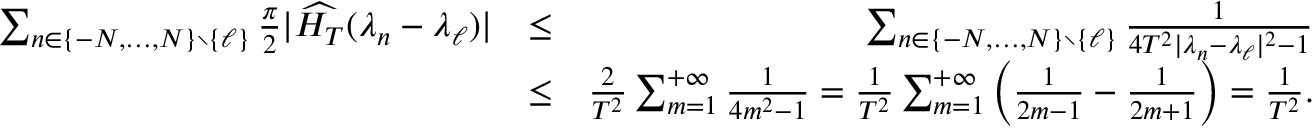
\begin{array} { r l r } { \sum _ { n \in \{ - N , \ldots , N \} \setminus \{ \ell \} } \frac { \pi } { 2 } | \widehat { H _ { T } } ( \lambda _ { n } - \lambda _ { \ell } ) | } & { \leq } & { \sum _ { n \in \{ - N , \ldots , N \} \setminus \{ \ell \} } \frac { 1 } { 4 T ^ { 2 } | \lambda _ { n } - \lambda _ { \ell } | ^ { 2 } - 1 } } \\ & { \leq } & { \frac { 2 } { T ^ { 2 } } \sum _ { m = 1 } ^ { + \infty } \frac { 1 } { 4 m ^ { 2 } - 1 } = \frac { 1 } { T ^ { 2 } } \sum _ { m = 1 } ^ { + \infty } \left( \frac { 1 } { 2 m - 1 } - \frac { 1 } { 2 m + 1 } \right) = \frac { 1 } { T ^ { 2 } } . } \end{array}